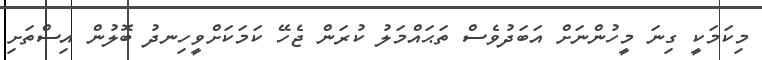
މިކަމަކީ ގިނަ މީހުންނަށް އަބަދުވެސް ތަޙައްމަލު ކުރަން ޖެހޭ ކަމަކަށްވީހިނދު ބޮލުން އިސްތަށި